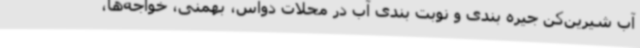
آب شیرین‌کن جیره بندی و نوبت بندی آب در محلات دواس، بهمنی، خواجه‌ها،